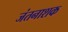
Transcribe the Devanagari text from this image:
जंतनाशक